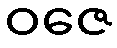
ဝဇေ